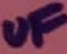
Text: µF